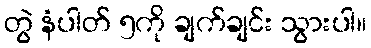
တွဲ နံပါတ် ၅ကို ချက်ချင်း သွားပါ။